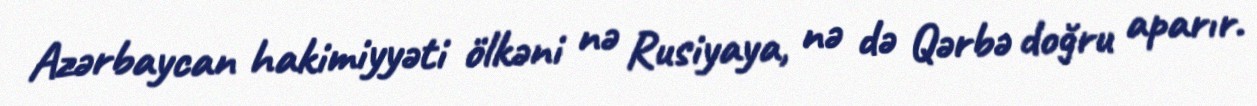
Azərbaycan hakimiyyəti ölkəni nə Rusiyaya, nə də Qərbə doğru aparır.